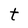
Character: t